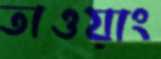
তাওয়াং